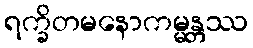
ရက္ခိတမနောကမ္မန္တဿ